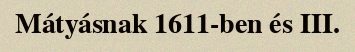
Mátyásnak 1611-ben és III.